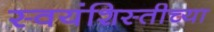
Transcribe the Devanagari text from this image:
स्वयंशिस्तीच्या